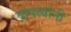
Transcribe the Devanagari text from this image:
दांपत्यांनी